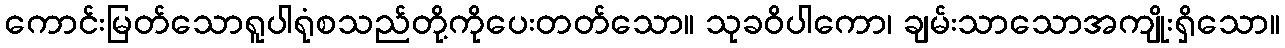
ကောင်းမြတ်သောရူပါရုံစသည်တို့ကိုပေးတတ်သော။ သုခဝိပါကော၊ ချမ်းသာသောအကျိုးရှိသော။